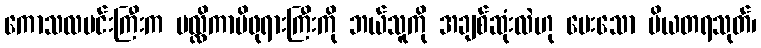
ကောသလမင်းကြီးက မလ္လိကာမိဖုရားကြီးကို ဘယ်သူကို အချစ်ဆုံးလဲဟု မေးသော ပိယတရသုတ်၊